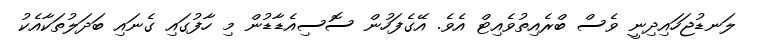
ލަނޑުޖަހައިދިނީ ވެސް ބްރެއިތުވެއިޓް އެވެ. އޭގެފަހުން ސޮސިއެޑާޑުން މި ހާފުގައި ގެނައި ބަދަލުތަކާއެކު